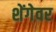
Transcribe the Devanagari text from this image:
शेंगेवर